Vaccination report Assam 1896-1927 - 1896-1927
Year: 1896
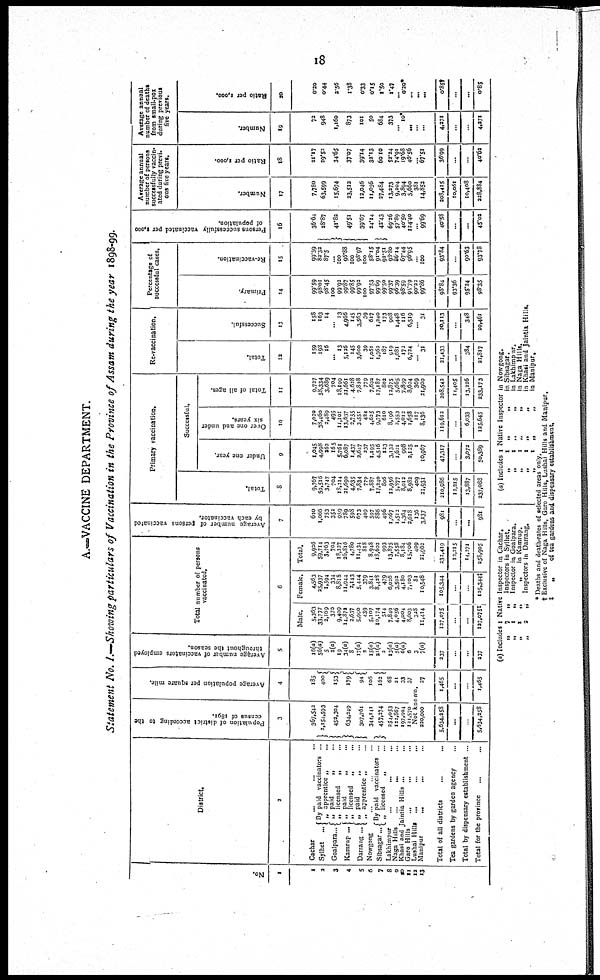
18
A.—VACCINE DEPARTMENT.
Statement No. I.—Showing particulars of Vaccination in the Province of Assam during the year 1898-99.
No.
1
1
2
3
4
5
6
7
8
9
10
11
12
13
District.
2
Cachar
... ... ...
Sylhet
...
Goalpara...
Kamrup ...
Darrang ...
By paid vaccinators ...
„ apprentice „ ...
„ paid
„ ...
„ licensed
„ ...
„ paid „ ...
„ licensed
„ ...
„ paid
„ ...
„ apprentice „ ...
Nowgong ... ... ...
Sibsagar...
By paid vaccinators ...
„ licensed
„ ...
Lakhimpur
...
...
...
Naga Hills ... ... ...
Khasi and Jaintia Hills ... ...
Garo Hills ... ... ...
Lushai Hills
... ... ...
Manipur
...
... ...
Total of all districts ... ...
Tea gardens by garden agency ...
Total by dispensary establishment ...
Total for the province ... ...
Population of district according to the
census of 1891.
3
367,542
2,154,593
452,304
634,249
307,761
344,141
457,274
254,053
122,867
197,904
121,570
Average population per square mile.
4
185
400
153
179
94
106
162
68
21
33
37
Not known.
220,000
5,634,258
...
...
5,634,258
27
1,465
...
...
1,465
Average number of vaccinators employed
throughout the season.
5
16(a)
56(a)
5
2(a)
19
34(a)
8
17(a)
2
15(a)
21(a)
2
13(a)
5(a)
6(a)
6
3
7(a)
237
...
...
237
Total number of persons
vaccinated.
6
Male.
5,363
33,777
2,169
370
9,409
14,872
2,637
5,990
439
5,107
10,174
514
7,849
4,056
4,004
8,603
328
11,414
127,075
...
...
127,075‡
Female.
4,563
25,937
1,594
334
8,818
11,944
2,143
5,444
379
3,841
8,428
479
6,026
3,502
4,180
7,103
81
10,548
105,344
...
...
105,344‡
Total.
9,926
59,714
3,763
704
18,227
26,816
4,780
11,434
818
8,948
18,602
993
13,875
7,558
8,184
15,706
409
21,962
232,419
12,215
14,271
258,905
Average number of persons vaccinated
by each vaccinator.
7
620
1,066
753
352
959
789
598
673
409
597
886
496
1,067
1,512
1,364
2,618
136
3,137
981
...
...
981
Primary vaccination.
Total.
8
9,767
59,516
3,747
704
18,214
21,690
4,635
7,834
779
7,887
17,240
806
12,956
5,877
8,012
8,982
409
21,931
210,986
12,215
13,887
237,088
Successful.
Under one year.
9
1,045
4,998
262
165
5,761
6,087
1,437
2,647
237
1,195
4,516
123
3,132
1,621
998
2,125
1
10,967
47,317
...
3,072
50,389
Over one and under
six years.
10
7,020
38,460
2,489
495
11,101
13,637
2,755
3,551
424
4,625
9,773
610
8,196
2,553
4,012
1,658
117
8,136
119,612
...
6,033
125,645
Total of all ages.
11
9,727
58,334
3,689
704
18,199
21,661
4,628
7,828
779
7,692
17,187
802
12,875
5,665
7,899
8,604
369
21,900
208,542
11,405
13,226
233,173
Re-vaccination.
Total.
12
159
198
16
... 13
5,126
145
3,600
39
1,061
1,362
187
919
1,681
172
6,724
... 31
21,433
...
384
21,817
Successful.
13
158
163
14
... 13
4,966
145
3,563
39
617
1,240
173
908
1,448
116
6,519
... 31
20,113
...
348
20,461
Percentage of
successful cases.
Primary.
14
99.59
98.01
98.45
100
99.92
99.87
99.85
99.92
100
97.53
99.69
99.50
99.37
96.39
98.59
96.79
90.22
99.86
98.84
93.36
95.24
98.35
Re-vaccination.
15
99.39
82.32
87.5
...
100
96.88
100
98.97
100
58.15
91.04
92.51
98.80
86.14
67.44
96.95
...
100
93.84
...
90.63
93.78
Persons successfully vaccinated per 1,000
of population.
16
36.64
28.87
41.82
49.51
39.67
24.14
42.43
69.26
57.89
40.50
124.40
... 99.69
40.58
...
...
45.02
Average annual
number of persons
successfully vaccin¬
ated during previ-
ous five years.
Number.
17
7,780
63,599
15,674
23,512
12,046
11,056
27,484
13,273
9,204
3,894
5,660
381
14,852
208,415
10,061
10,408
228,884
Ratio per 1,000.
18
21.17
29.52
34.65
37.07
39.14
32.13
60.10
52.24
74.91
19.68
46.56
... 67.51
36.99
...
...
40.62
Average annual
number of deaths
from small-pox
during previous
five years.
Number.
19
72
948
1,160
873
101
50
684
373
... 10*
...
...
...
4,271
...
...
4,271
Ratio per 1,000.
20
0.20
0.44
2.56
1.38
0.33
0.15
1.50
1.47
...
0.20*
...
...
...
0.85†
...
...
0.85
(a) Includes 1 Native Inspector in Cachar.
„
7
„
Inspectors in Sylhet.
„
1
„
Inspector in Goalpara.
„
1
„
„
in Kamrup.
„
2
„
Inspectors in Darrang.
(a) Includes 1 Native Inspector in Nowgong.
„
1
„
„
in Sibsagar.
„
1
„
„
in Lakhimpur.
„
1
„
„
in Naga Hills.
„
1
„
„
in Khasi and Jaintia Hills.
„
1
„
„
in Manipur.
* Deaths and death-rates of selected areas only.
† Exclusive of Naga Hills, Garo Hills, Lushai Hills and Manipur.
‡
„
of tea gardens and dispensary establishment.